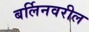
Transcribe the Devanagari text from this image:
बर्लिनवरील